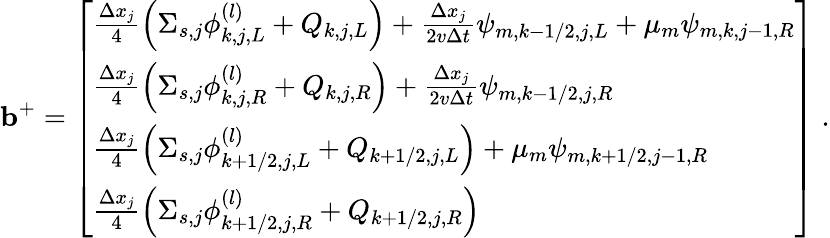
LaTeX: \mathbf{b}^{+}=\left[\begin{array}{l}{\frac{\Delta x_{j}}{4}\left(\Sigma_{s,j}\phi_{k,j,L}^{(l)}+Q_{k,j,L}\right)+\frac{\Delta x_{j}}{2v\Delta t}\psi_{m,k-1/2,j,L}+\mu_{m}\psi_{m,k,j-1,R}}\\ {\frac{\Delta x_{j}}{4}\left(\Sigma_{s,j}\phi_{k,j,R}^{(l)}+Q_{k,j,R}\right)+\frac{\Delta x_{j}}{2v\Delta t}\psi_{m,k-1/2,j,R}}\\ {\frac{\Delta x_{j}}{4}\left(\Sigma_{s,j}\phi_{k+1/2,j,L}^{(l)}+Q_{k+1/2,j,L}\right)+\mu_{m}\psi_{m,k+1/2,j-1,R}}\\ {\frac{\Delta x_{j}}{4}\left(\Sigma_{s,j}\phi_{k+1/2,j,R}^{(l)}+Q_{k+1/2,j,R}\right)}\end{array}\right]\; .